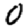
Digit: 0